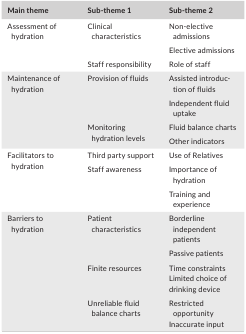
<table><thead><tr><td><b>Main theme</b></td><td><b>Sub‐theme 1</b></td><td><b>Sub‐theme 2</b></td></tr></thead><tbody><tr><td rowspan="3">Assessment of hydration</td><td rowspan="2">Clinical characteristics</td><td>Non‐elective admissions</td></tr><tr><td>Elective admissions</td></tr><tr><td>Staff responsibility</td><td>Role of staff</td></tr><tr><td rowspan="4">Maintenance of hydration</td><td rowspan="2">Provision of fluids</td><td>Assisted introduction of fluids</td></tr><tr><td>Independent fluid uptake</td></tr><tr><td rowspan="2">Monitoring hydration levels</td><td>Fluid balance charts</td></tr><tr><td>Other indicators</td></tr><tr><td rowspan="3">Facilitators to hydration</td><td>Third party support</td><td>Use of Relatives</td></tr><tr><td rowspan="2">Staff awareness</td><td>Importance of hydration</td></tr><tr><td>Training and experience</td></tr><tr><td rowspan="4">Barriers to hydration</td><td rowspan="2">Patient characteristics</td><td>Borderline independent patients</td></tr><tr><td>Passive patients</td></tr><tr><td>Finite resources</td><td>Time constraintsLimited choice of drinking device</td></tr><tr><td>Unreliable fluid balance charts</td><td>Restricted opportunityInaccurate input</td></tr></tbody></table>